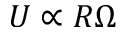
U \propto R \Omega